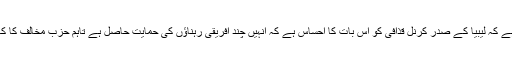
بن غازی میں موجود بی بی سی کے نامہ نگار جان لین کا کہنا ہے کہ لیبیا کے صدر کرنل قذافی کو اس بات کا احساس ہے کہ انہیں چند افریقی رہناؤں کی حمایت حاصل ہے تاہم حزبِ مخالف کا کہنا ہےکہ وہ لیبیا کی حکومت کے ساتھ مذاکرات نہیں کرے گی۔